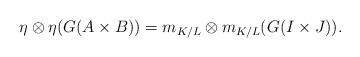
LaTeX: \begin{align*}\eta \otimes \eta(G(A \times B)) = m_{K/L} \otimes m_{K/L}(G(I \times J)).\end{align*}